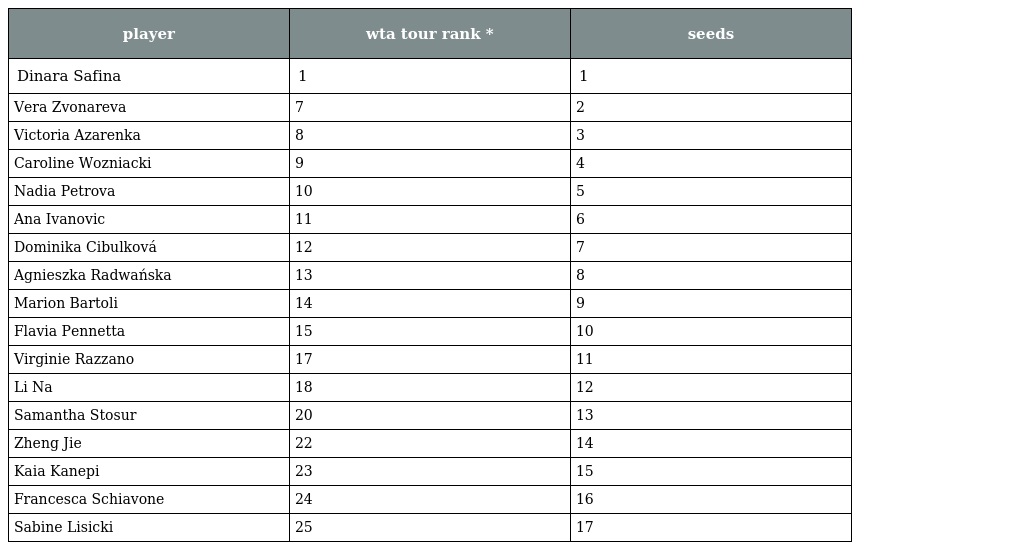
| player | wta tour rank * | seeds |
 | --- | --- | --- |
 | Dinara Safina | 1 | 1 |
 | Vera Zvonareva | 7 | 2 |
 | Victoria Azarenka | 8 | 3 |
 | Caroline Wozniacki | 9 | 4 |
 | Nadia Petrova | 10 | 5 |
 | Ana Ivanovic | 11 | 6 |
 | Dominika Cibulková | 12 | 7 |
 | Agnieszka Radwańska | 13 | 8 |
 | Marion Bartoli | 14 | 9 |
 | Flavia Pennetta | 15 | 10 |
 | Virginie Razzano | 17 | 11 |
 | Li Na | 18 | 12 |
 | Samantha Stosur | 20 | 13 |
 | Zheng Jie | 22 | 14 |
 | Kaia Kanepi | 23 | 15 |
 | Francesca Schiavone | 24 | 16 |
 | Sabine Lisicki | 25 | 17 |